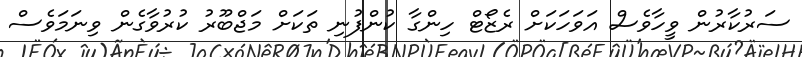
ސަރުކާރުން ވީހާވެސް އަވަހަކަށް ރެޒޯޓް ހިންގާ ކުންފުނި ތަކަށް މަޖްބޫރު ކުރުުުވާގެން ވިނަމަވެސް